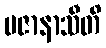
ပဇာနာသီတိ